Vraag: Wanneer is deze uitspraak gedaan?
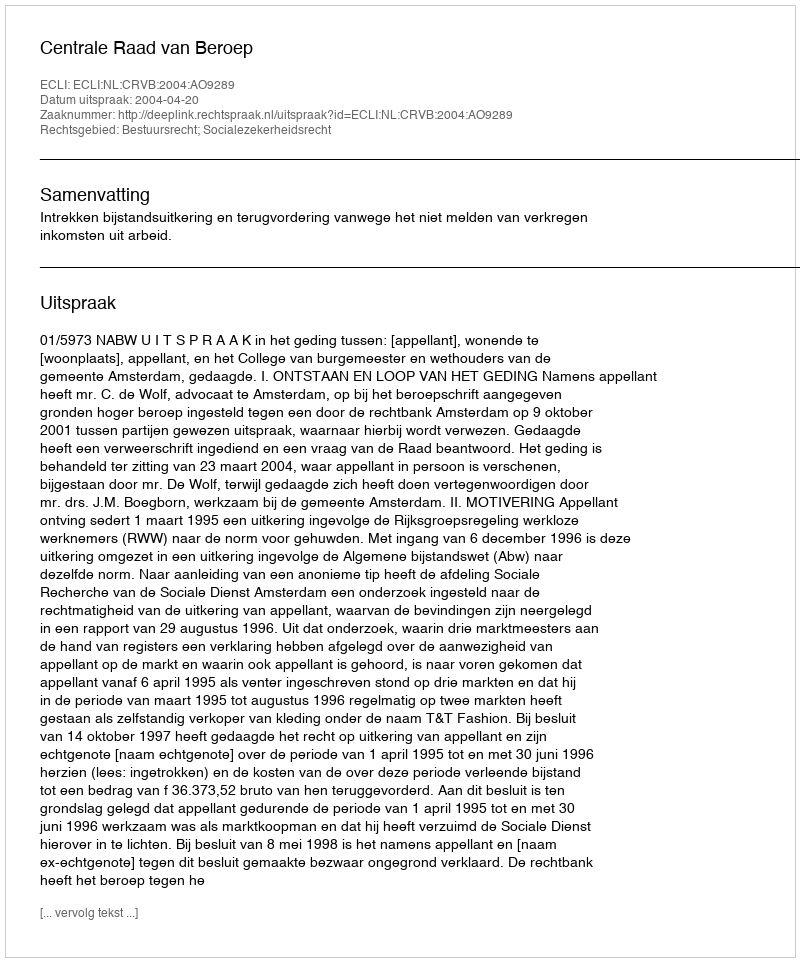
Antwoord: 2004-04-20